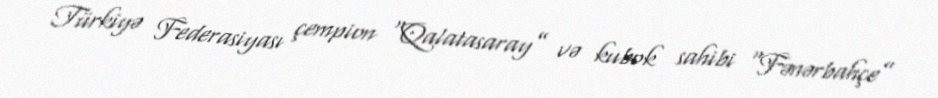
Türkiyə Federasiyası çempion “Qalatasaray” və kubok sahibi “Fənərbahçe”